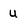
Character: u